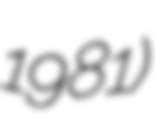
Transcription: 1981)